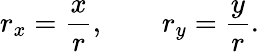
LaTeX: r_{x}=\frac{x}{r},\qquad r_{y}=\frac{y}{r}.